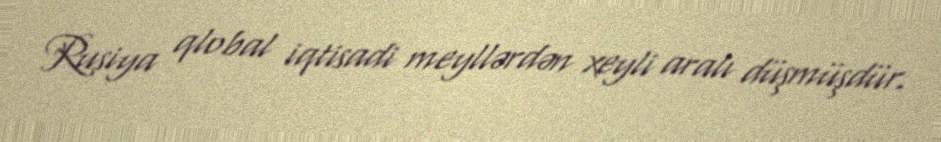
Rusiya qlobal iqtisadi meyllərdən xeyli aralı düşmüşdür.